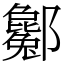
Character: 酁